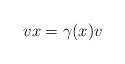
LaTeX: \begin{align*}vx = \gamma(x)v\end{align*}